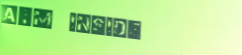
ATM INSIDE